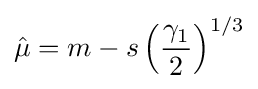
{\hat {\mu }}=m-s\left({\frac {\gamma _{1}}{2}}\right)^{1/3}